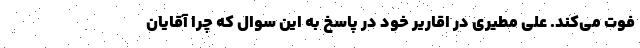
فوت می‌کند. علی مطیری در اقاریر خود در پاسخ به این سوال که چرا آقایان